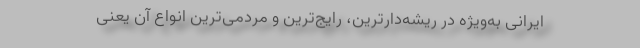
ایرانی به‌ویژه در ریشه‌دارترین، رایج‌ترین و مردمی‌ترین انواع آن یعنی